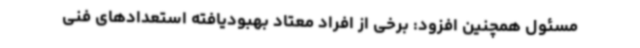
مسئول همچنین افزود: برخی از افراد معتاد بهبودیافته استعدادهای فنی